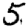
Digit: 5